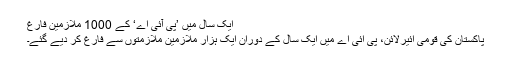
ایک سال میں ’پی آئی اے‘ کے 1000 ملازمین فارغ
پاکستان کی قومی ائیرلائن، پی آئی اے میں ایک سال کے دوران ایک ہزار ملازمین ملازمتوں سے فارغ کر دیے گئے۔